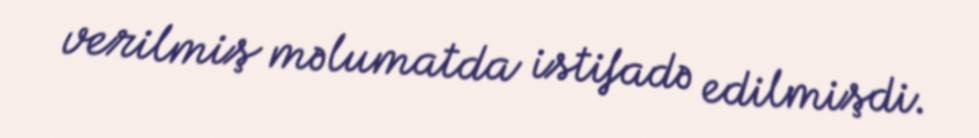
verilmiş məlumatda istifadə edilmişdi.